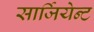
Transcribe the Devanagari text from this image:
सार्जियेन्ट